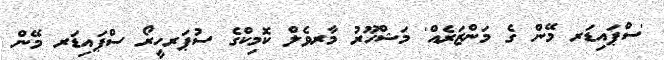
'ސްޕައިޑަރ މޭން ގެ މަންޒަރެއް' މަޝްހޫރު މާރވެލް ކޮމިކްގެ ސުޕަރހީރޯ ސްޕައިޑަރ މޭން